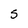
Character: 5